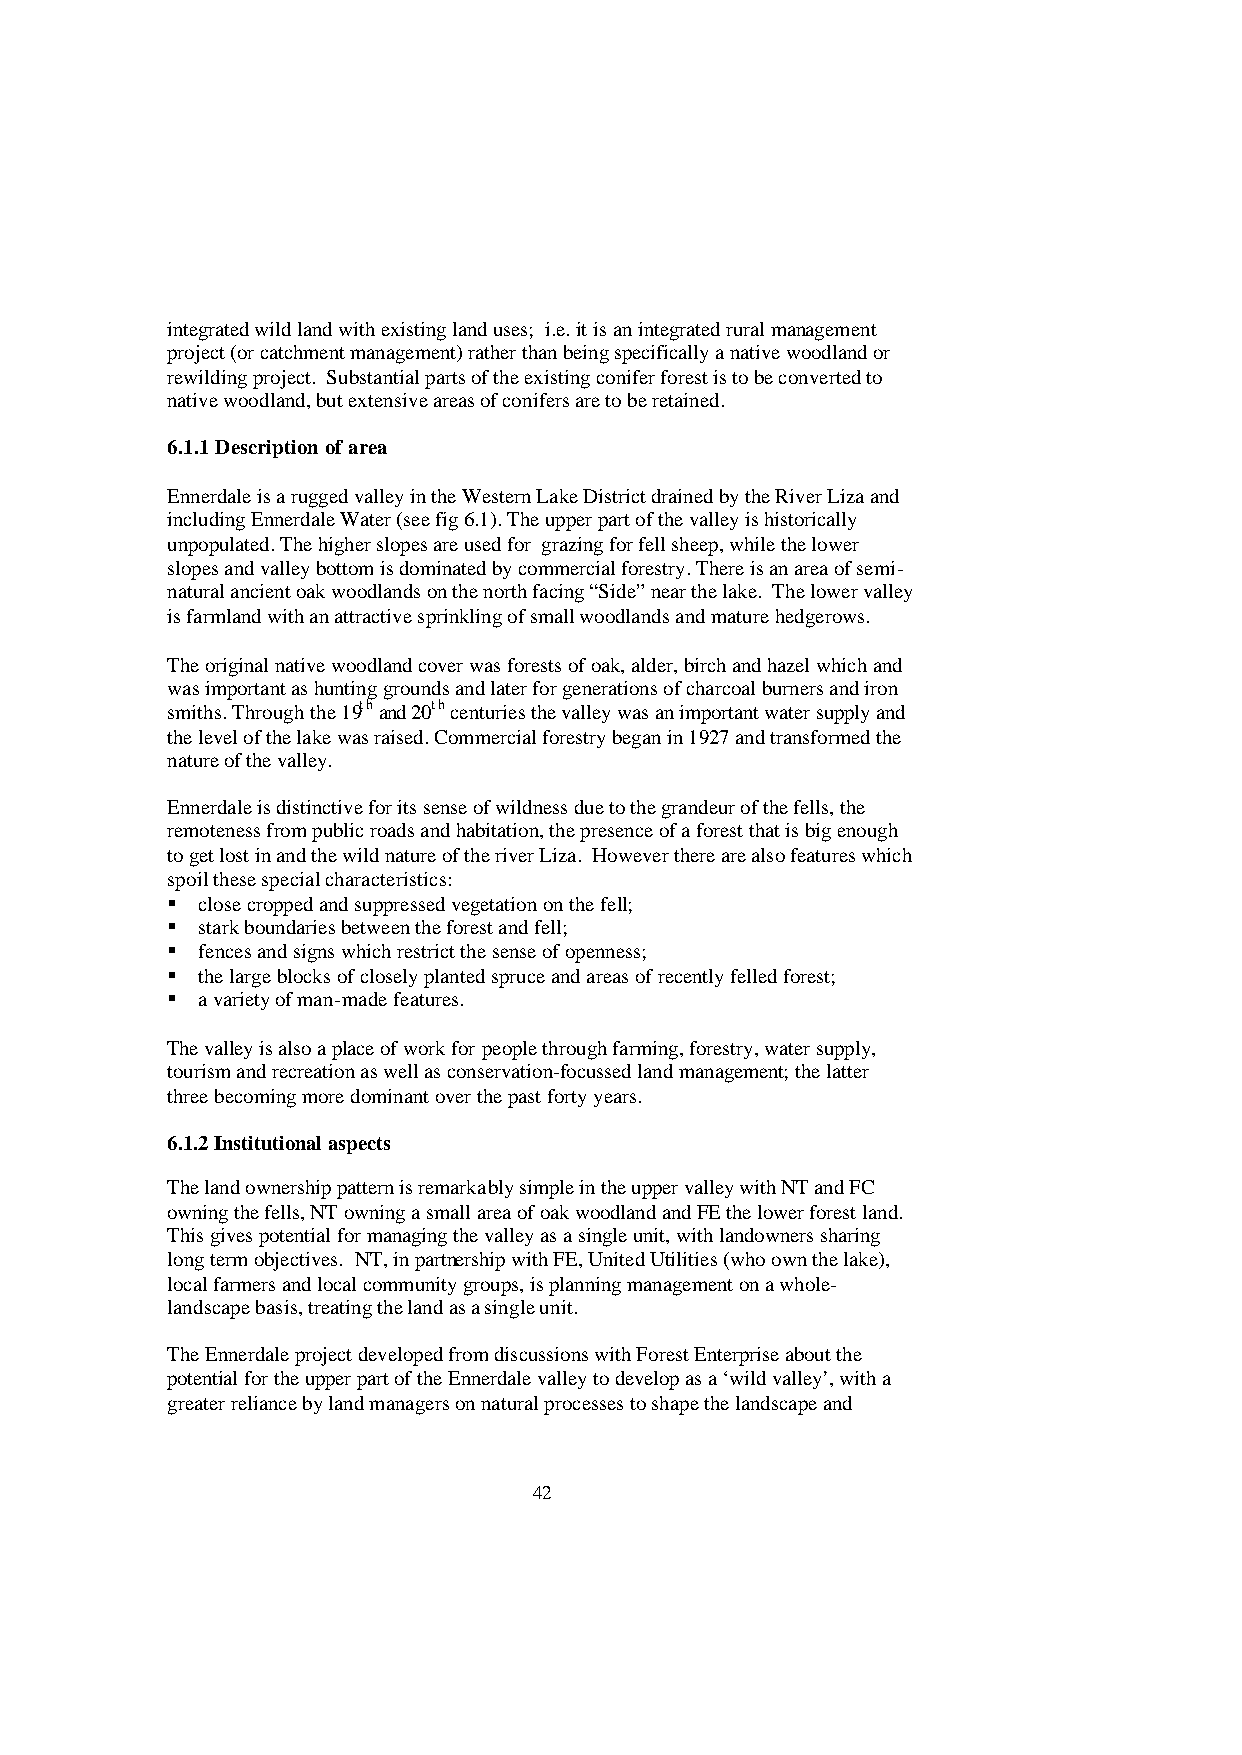
integrated wild land with existing land uses; i.e. it is an integrated rural management
 project (or catchment management) rather than being specifically a native woodland or
 rewilding project. Substantial parts of the existing conifer forest is to be converted to
 native woodland, but extensive areas of conifers are to be retained.
 6.1.1 Description of area
 Ennerdale is a rugged valley in the Western Lake District drained by the River Liza and
 including Ennerdale Water (see fig 6.1). The upper part of the valley is historically
 unpopulated. The higher slopes are used for grazing for fell sheep, while the lower
 slopes and valley bottom is dominated by commercial forestry. There is an area of semi-
 natural ancient oak woodlands on the north facing “Side” near the lake. The lower valley
 is farmland with an attractive sprinkling of small woodlands and mature hedgerows.
 The original native woodland cover was forests of oak, alder, birch and hazel which and
 was important as hunting grounds and later for generations of charcoal burners and iron
 smiths. Through the 19th and 20th centuries the valley was an important water supply and
 the level of the lake was raised. Commercial forestry began in 1927 and transformed the
 nature of the valley.
 Ennerdale is distinctive for its sense of wildness due to the grandeur of the fells, the
 remoteness from public roads and habitation, the presence of a forest that is big enough
 to get lost in and the wild nature of the river Liza. However there are also features which
 spoil these special characteristics:
 § close cropped and suppressed vegetation on the fell;
 § stark boundaries between the forest and fell;
 § fences and signs which restrict the sense of openness;
 § the large blocks of closely planted spruce and areas of recently felled forest;
 § a variety of man-made features.
 The valley is also a place of work for people through farming, forestry, water supply,
 tourism and recreation as well as conservation-focussed land management; the latter
 three becoming more dominant over the past forty years.
 6.1.2 Institutional aspects
 The land ownership pattern is remarkably simple in the upper valley with NT and FC
 owning the fells, NT owning a small area of oak woodland and FE the lower forest land.
 This gives potential for managing the valley as a single unit, with landowners sharing
 long term objectives. NT, in partnership with FE, United Utilities (who own the lake),
 local farmers and local community groups, is planning management on a whole-
 landscape basis, treating the land as a single unit.
 The Ennerdale project developed from discussions with Forest Enterprise about the
 potential for the upper part of the Ennerdale valley to develop as a ‘wild valley’, with a
 greater reliance by land managers on natural processes to shape the landscape and
 42